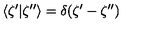
\langle \zeta ^ { \prime } | \zeta ^ { \prime \prime } \rangle = \delta ( \zeta ^ { \prime } - \zeta ^ { \prime \prime } )